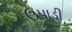
ઉપાડી